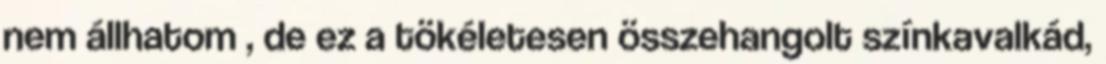
nem állhatom , de ez a tökéletesen összehangolt színkavalkád,